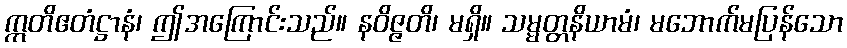
ဣတိဧတံဋ္ဌာနံ၊ ဤအကြောင်းသည်။ နဝိဇ္ဇတိ၊ မရှိ။ သမ္မတ္တနိယာမံ၊ မဘောက်မပြန်သော